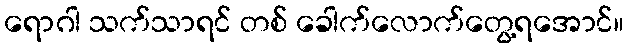
ရောဂါ သက်သာရင် တစ် ခေါက်လောက်တွေ့ရအောင်။